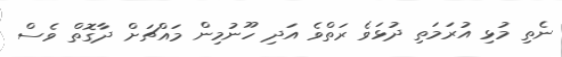
ނެތި މުޅި އުރަމަތި ދުޅަވެ ރަތްވެ އަދި ހޫނުމިން މައްޗަށް ދާގޮތް ވެސް